Report of the Imperial Institute of Veterinary Research, Muktesar
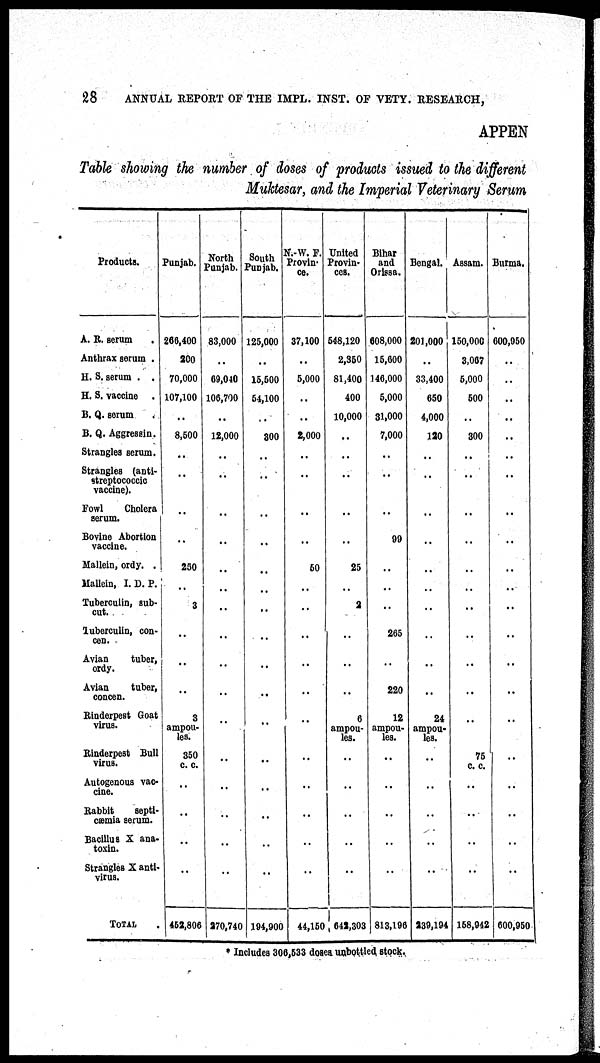
28
ANNUAL REPORT OF THE IMPL. INST. OF VETY. RESEARCH,
APPEN
Table showing the number of doses of products issued to the different
Muktesar, and the Imperial Veterinary Serum
Products.
A. R. serum
Anthrax serum .
H. S. serum . .
H. S. vaccine .
B. Q. serum
B. Q. Aggressin.
Strangles serum.
Strangles (anti-
streptococcic
vaccine).
Fowl
Cholera
serum.
Bovine Abortion
vaccine.
Mallein, ordy. .
Mallein, I. D. P.
Tuberculin, sub¬
cut.
Tuberculin, con¬
cen.
Avian
tuber,
ordy.
Avian
tuber,
concen.
Rinderpest Goat
virus.
Rinderpest Bull
virus.
Autogenous vac-
cine.
Rabbit
septi-
cæmia serum.
Bacillus X ana-
toxin.
Strangles X anti-
virus.
TOTAL
Punjab.
266,400
200
70,000
107,100
..
8,500
..
..
..
..
250
3
..
..
..
3
ampou-
les.
350
c. c.
..
..
..
..
452,806
North
Punjab.
83,000
..
69,040
106,700
..
12,000
..
..
..
..
..
..
..
..
..
..
..
..
..
..
..
270,740
South
Punjab.
125,000
..
15,500
54,100
300
..
..
..
..
..
..
..
..
..
..
..
..
..
..
..
..
194,900
N.-W. F.
Provin-
ce.
37,100
..
5,000
..
..
2,000
..
..
..
...
50
..
..
..
..
..
..
..
..
..
..
44,150
United
Provin-
ces.
548,120
2,350
81,400
400
10,000
..
..
..
..
..
25
2
..
..
..
6
ampou-
les.
..
..
..
..
..
642,303
Bihar and Orissa.
608,000
15,600
146,000
5,000
31,000
7,000
..
..
..
99
..
..
..
265
220
12
ampou-
les.
..
..
..
..
..
813,196
Bengal.
201,000
..
33,400
650
4,000
120
..
..
..
..
..
..
.
..
..
24
ampou-
les.
..
..
..
..
..
239,194
Assam.
150,000
3,067
5,000
500
..
300
..
..
..
..
..
..
..
..
75
c. c.
..
..
..
..
158,942
Burma.
600,950
..
..
..
..
..
..
..
..
..
..
..
..
..
..
..
..
..
600,950
* Includes 306,533 doses unbottled stock.